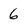
Character: 6